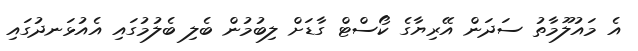
އެ މައުލޫމާތު ސަދަން އޭރިޔާގެ ކޯސްޓް ގާޑަށް ލިބުމުން ބެލި ބެލުމުގައި އެއުޅަނދުގައި